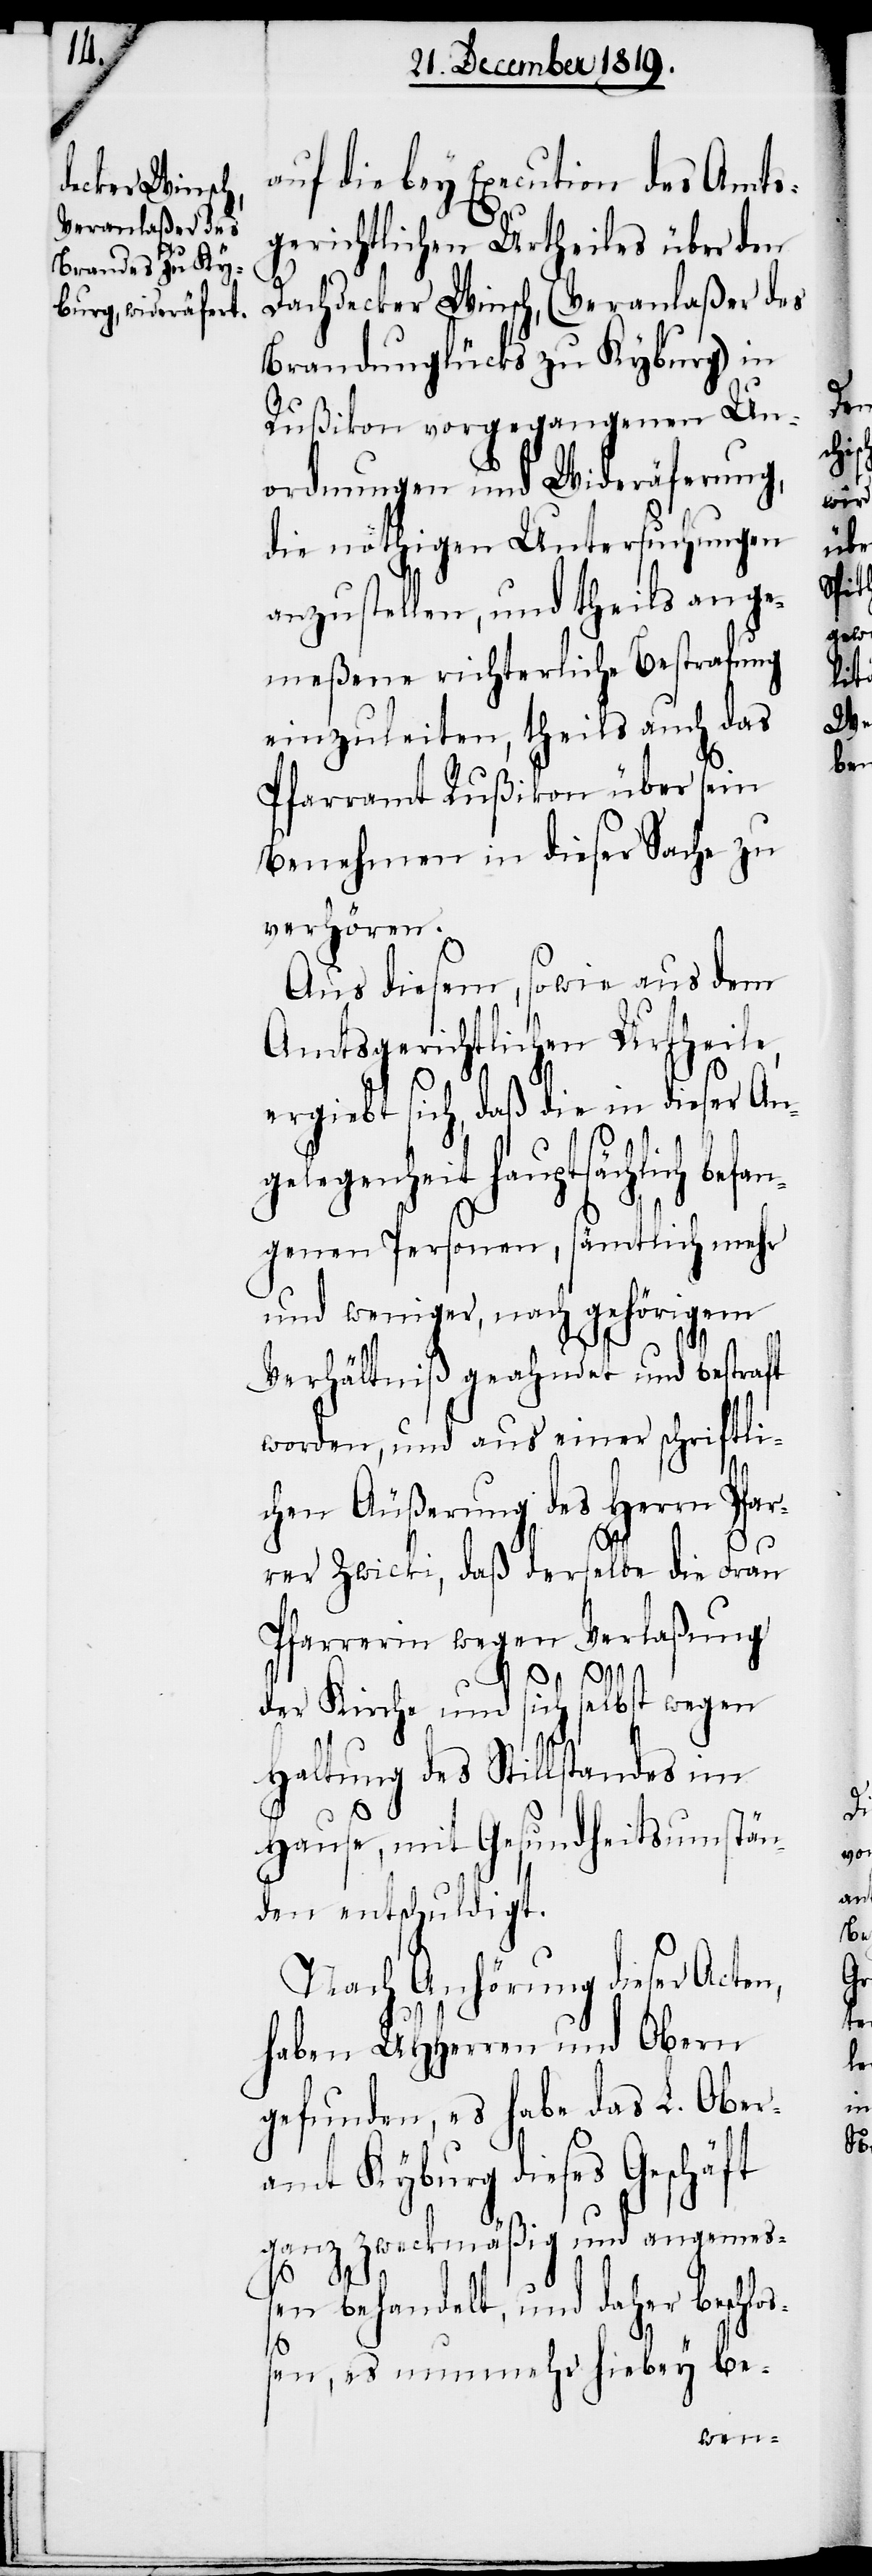
auf die bey Execution des Amts¬
gerichtlichen Urtheiles über den
Dachdecker Winsch, (Veranlaßer des
Brandunglücks zu Kyburg) in
Rußikon vorgegangenen Un¬
ordnungen und Wideräferung,
die nöthigen Untersuchungen
anzustellen, und theils ange¬
meßene richterliche Bestrafung
einzuleiten, theils auch das
Pfarramt Rußikon über sein
Benehmen in dieser Sache zu
verhören.
Aus diesem, sowie aus dem
Amtsgerichtlichen Urtheile,
ergiebt sich, daß die in dieser Ang¬
elegenheit hauptsächlich bef¬
genen Personen, sämtlich mehr
und weniger, nach gehörigem
Verhältniß geahndet und bestraft
worden, und aus einer schriftli¬
chen Äußerung des Herrn Pfar¬
rer Zwicki, daß derselbe die Frau
Pfarrerin wegen Verlaßung
der Kirche und sich selbst wegen
Haltung des Stillstandes im
Hause, mit Gesundheitsumstän¬
den entschuldigt.
Nach Anhörung dieser Acten,
haben UHHerren und Obern
gefunden, es habe das L. Ober¬
amt Kyburg dieses Geschäft
ganz zweckmäßig und angemes¬
sen behandelt, und daher beschlo¬
ßen, es nunmehr hiebey be-

an¬